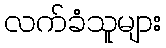
လက်ခံသူများ